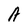
Character: A